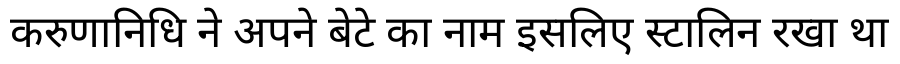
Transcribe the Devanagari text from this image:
करुणानिधि ने अपने बेटे का नाम इसलिए स्टालिन रखा था